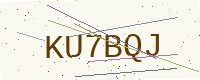
Text: KU7BQJ